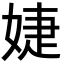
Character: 婕